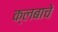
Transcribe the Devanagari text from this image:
क्लबाचे